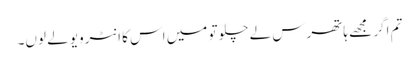
تم اگر مجھے ہاتھرس لے چلو تو میں اس کا انٹرویو لے لوں۔